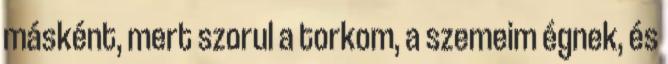
másként, mert szorul a torkom, a szemeim égnek, és